Indian journal of veterinary science and animal husbandry - Volumes 18-21, 1948-1951
Year: 1948
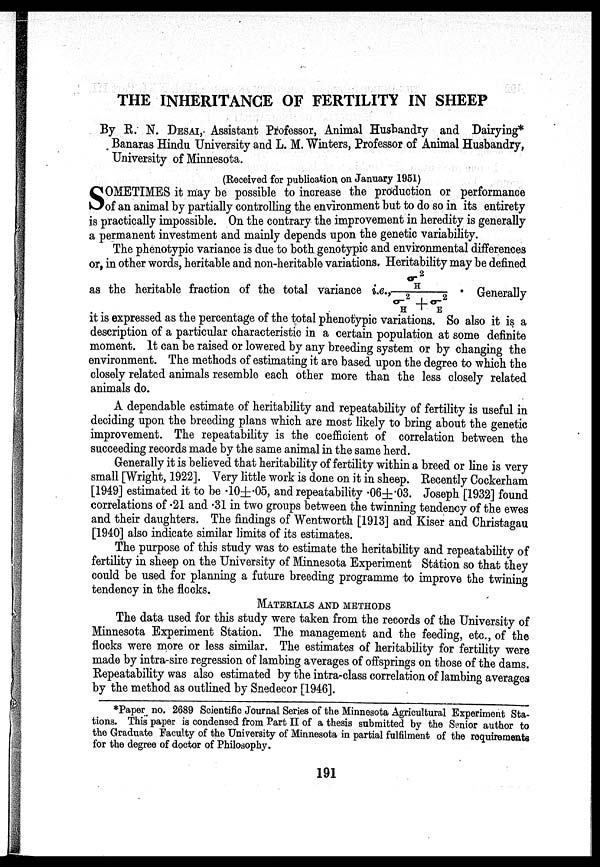
THE INHERITANCE OF FERTILITY IN SHEEP
By R. N. DESAI, Assistant Professor, Animal Husbandry and Dairying*
Banaras Hindu University and L. M. Winters, Professor of Animal Husbandry,
University of Minnesota.
(Received for publication on January 1951)
S OMETIMES it may be possible to increase the production or performance
of an animal by partially controlling the environment but to do so in its entirety
is practically impossible. On the contrary the improvement in heredity is generally
a permanent investment and mainly depends upon the genetic variability.
The phenotypic variance is due to both genotypic and environmental differences
or, in other words, heritable and non-heritable variations. Heritability may be defined
as the heritable fraction of the total variance i.e., σ 2
H / σ 2
H + σ 2
E . Generally
it is expressed as the percentage of the total phenotypic variations. So also it is a
description of a particular characteristic in a certain population at some definite
moment. It can be raised or lowered by any breeding system or by changing the
environment. The methods of estimating it are based upon the degree to which the
closely related animals resemble each other more than the less closely related
animals do.
A dependable estimate of heritability and repeatability of fertility is useful in
deciding upon the breeding plans which are most likely to bring about the genetic
improvement. The repeatability is the coefficient of correlation between the
succeeding records made by the same animal in the same herd.
Generally it is believed that heritability of fertility within a breed or line is very
small [Wright, 1922]. Very little work is done on it in sheep. Recently Cockerham
[1949] estimated it to be .10±.05, and repeatability .06±.03. Joseph [1932] found
correlations of .21 and .31 in two groups between the twinning tendency of the ewes
and their daughters. The findings of Wentworth [1913] and Kiser and Christagau
[1940] also indicate similar limits of its estimates.
The purpose of this study was to estimate the heritability and repeatability of
fertility in sheep on the University of Minnesota Experiment Station so that they
could be used for planning a future breeding programme to improve the twining
tendency in the flocks.
MATERIALS AND METHODS
The data used for this study were taken from the records of the University of
Minnesota Experiment Station. The management and the feeding, etc., of the
flocks were more or less similar. The estimates of heritability for fertility were
made by intra-sire regression of lambing averages of offsprings on those of the dams.
Repeatability was also estimated by the intra-class correlation of lambing averages
by the method as outlined by Snedecor [1946].
*Paper no. 2689 Scientific Journal Series of the Minnesota Agricultural Experiment Sta
tions. This paper is condensed from Part II of a thesis submitted by the Senior author to
the Graduate Faculty of the University of Minnesota in partial fulfilment of the requirements
for the degree of doctor of Philosophy.
191